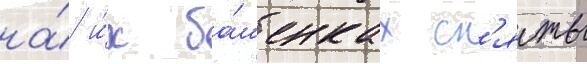
на́ и́х ба́шенках сн'яты